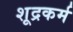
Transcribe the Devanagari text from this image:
शूद्रकर्म